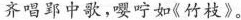
齐唱郢中歌，嘤咛如《竹枝》。